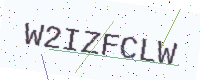
Text: W2IZFCLW